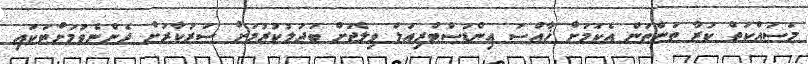
މަސައްކަތް ކުރާ ތަންތަން އެކަމަށް ޚާއްސަ އިންޑަސްޓްރިއަލް ވިލެޖަށް ބަދަލުކުރުމަށް ސަރުކާރަށް ދެންނެވުމަށްޓަކައި